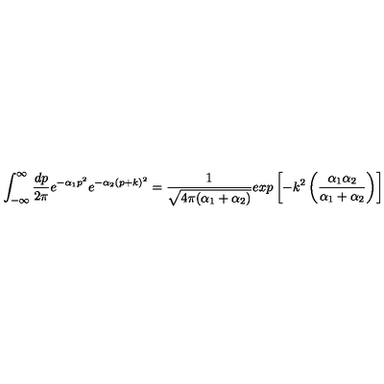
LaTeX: \int _ { - \infty } ^ { \infty } { \frac { d p } { 2 \pi } } e ^ { - \alpha _ { 1 } p ^ { 2 } } e ^ { - \alpha _ { 2 } ( p + k ) ^ { 2 } } = { \frac { 1 } { \sqrt { 4 \pi ( \alpha _ { 1 } + \alpha _ { 2 } ) } } } e x p \left[ - k ^ { 2 } \left( { \frac { \alpha _ { 1 } \alpha _ { 2 } } { \alpha _ { 1 } + \alpha _ { 2 } } } \right) \right]